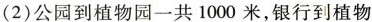
(2)公园到植物园一共1000米，银行到植物